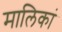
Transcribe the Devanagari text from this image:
मालिकां